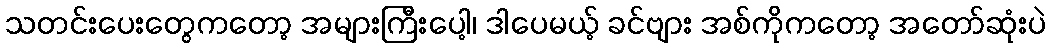
သတင်းပေးတွေကတော့ အများကြီးပေါ့၊ ဒါပေမယ့် ခင်ဗျား အစ်ကိုကတော့ အတော်ဆုံးပဲ